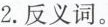
2.反义词。